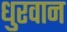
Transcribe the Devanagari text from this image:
धुरवान